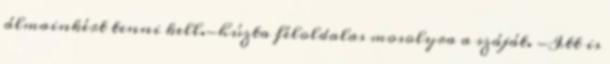
álmainkért tenni kell.-húzta féloldalas mosolyra a száját. -Itt is